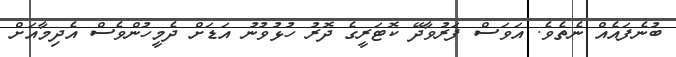
ބުނެފައެއް ނެތެވެ. އަވަސް ފަރުވާދޭ ކޮޓަރީގެ ދޮރު ހުޅުވުނު އަޑަށް ދެމީހުންވެސް އެދިމާއަށް